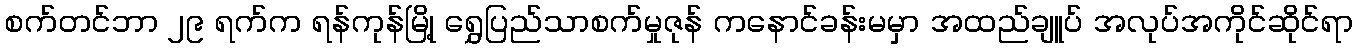
စက်တင်ဘာ ၂၉ ရက်က ရန်ကုန်မြို့ ရွှေပြည်သာစက်မှုဇုန် ကနောင်ခန်းမမှာ အထည်ချူပ် အလုပ်အကိုင်ဆိုင်ရာ